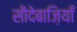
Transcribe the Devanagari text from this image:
सौदेबाज़ियाँ